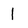
Character: 1